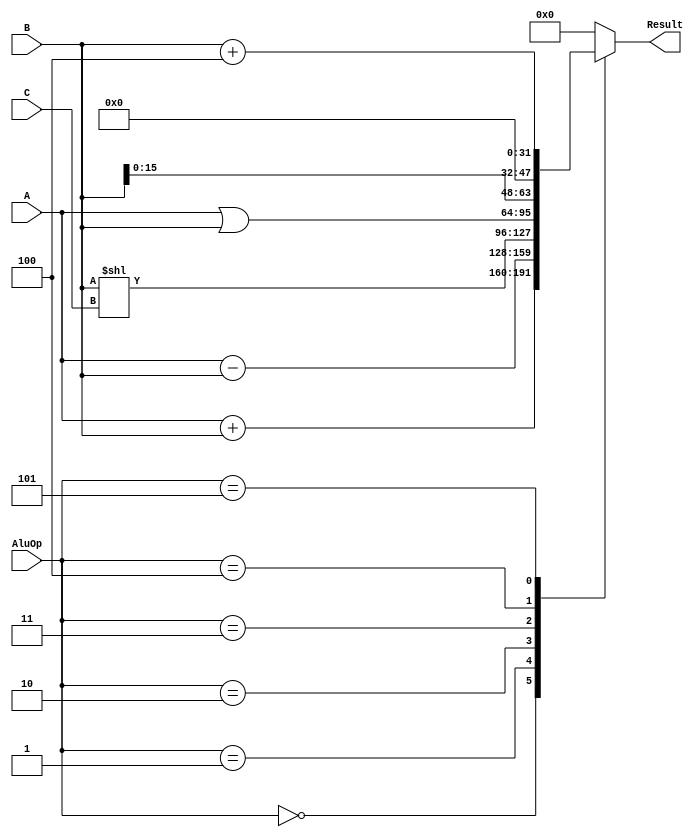
`timescale 1ns / 1ps
// 
// always
module ALU(
	 input [3:0] AluOp, 						// Alu
    input [31:0] A, 							// 321
    input [31:0] B, 							// 322
    input [4:0] C, 							// 5
    output reg [31:0] Result 				// 32
    );
	 
	 always @(*)begin
		case(AluOp)
			0:										// add : addu, lw, sw
				begin Result = A + B; end
			1:										// sub: subu
				begin Result = A - B; end
			2:										// sll: sll(nop)
				begin Result = B << C; end				
			3:										// or:ori
				begin Result = A | B; end
			4:										// shift16: lui
				begin Result = B << 16; end
			5:										// =B+4:jal(delay bench)
				begin Result = B + 4; end
			default:
				begin Result = 0; end
		endcase
	 end


endmodule